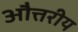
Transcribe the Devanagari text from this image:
औत्तरीय